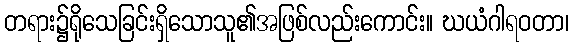
တရား၌ရိုသေခြင်းရှိသောသူ၏အဖြစ်လည်းကောင်း။ ဃယံဂါရဝတာ၊